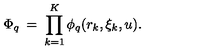
\Phi _ { q } \: = \: \prod _ { k = 1 } ^ { K } \phi _ { q } ( r _ { k } , \xi _ { k } , u ) .